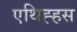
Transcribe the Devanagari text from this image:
एथिह्हस